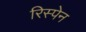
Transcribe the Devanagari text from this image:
रिस्पेन